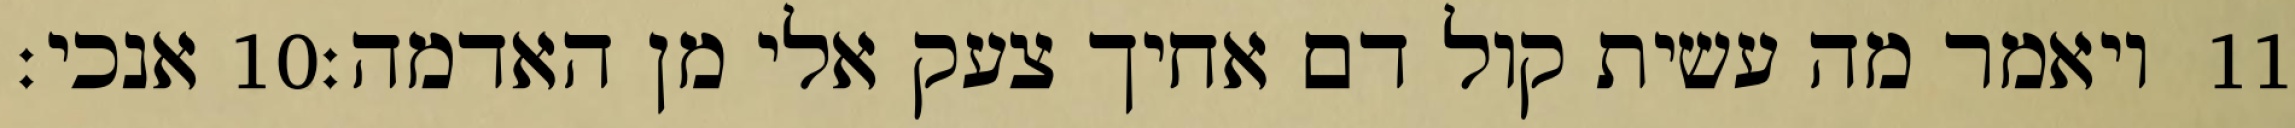
אנכי׃ ‎10‏ ויאמר מה עשית קול דם אחיך צעק אלי מן האדמה׃ ‎11‏